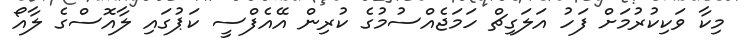
މިކާ ވަކިކުރުމަށް ފަހު އަލަގިޗް ހަމަޖެއްސުމުގެ ކުރިން އޭއެފްސީ ކަޕުގައި ލާއޮސްގެ ލާއޯ